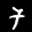
Label: 7